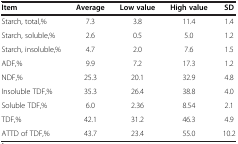
<table><thead><tr><td><b>Item</b></td><td><b>Average</b></td><td><b>Low value</b></td><td><b>High value</b></td><td><b>SD</b></td></tr></thead><tbody><tr><td>Starch, total,%</td><td>7.3</td><td>3.8</td><td>11.4</td><td>1.4</td></tr><tr><td>Starch, soluble,%</td><td>2.6</td><td>0.5</td><td>5.0</td><td>1.2</td></tr><tr><td>Starch, insoluble,%</td><td>4.7</td><td>2.0</td><td>7.6</td><td>1.5</td></tr><tr><td>ADF,%</td><td>9.9</td><td>7.2</td><td>17.3</td><td>1.2</td></tr><tr><td>NDF,%</td><td>25.3</td><td>20.1</td><td>32.9</td><td>4.8</td></tr><tr><td>Insoluble TDF,%</td><td>35.3</td><td>26.4</td><td>38.8</td><td>4.0</td></tr><tr><td>Soluble TDF,%</td><td>6.0</td><td>2.36</td><td>8.54</td><td>2.1</td></tr><tr><td>TDF,%</td><td>42.1</td><td>31.2</td><td>46.3</td><td>4.9</td></tr><tr><td>ATTD of TDF,%</td><td>43.7</td><td>23.4</td><td>55.0</td><td>10.2</td></tr></tbody></table>